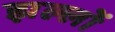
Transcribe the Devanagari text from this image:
झल्लों